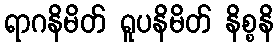
ရာဂနိမိတ် ရူပနိမိတ် နိစ္စနိ